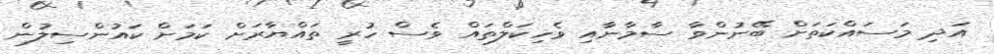
އަދި މަސައްކަތަށް ބޭނުންވާ ސާމާނާއި ވެހިކަލްތައް ވެސް ހުރީ ތައްޔާރަށް ކަމަށް ކައުންސިލުން